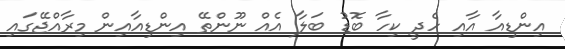
އިންޑިއާ އާއި ހެދީ ކިހާ ބޮޑު ބަލާ އެއް ނޫންތޭ އިންޑިއާއިން މިރާއްޖޭގައި